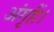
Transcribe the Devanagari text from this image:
अंगृहैं।